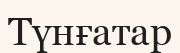
Түнғатар